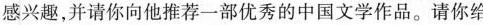
感兴趣，并请你向他推荐一部优秀的中国文学作品。请你给